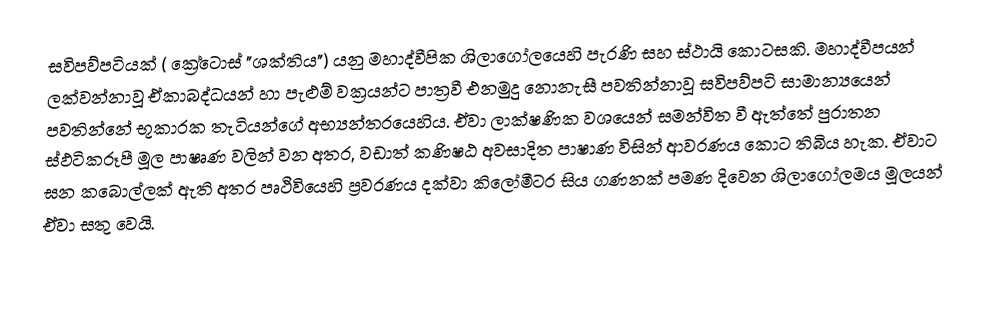
සවිපව්පටියක් ( ක්‍රේටොස්  "ශක්තිය") යනු මහාද්වීපික ශිලාගෝලයෙහි පැරණි සහ ස්ථායි කොටසකි. මහාද්වීපයන් ලක්වන්නාවූ ඒකාබද්ධයන් හා පැළුම් වක්‍රයන්ට පාත්‍රවී එනමුදු නොනැසී පවතින්නාවූ සවිපව්පටි සාමාන්‍යයෙන් පවතින්නේ භූකාරක තැටියන්ගේ අභ්‍යන්තරයෙහිය. ඒවා ලාක්ෂණික වශයෙන් සමන්විත වී ඇත්තේ පුරාතන ස්ඵටිකරූපී මූල පාෂෘණ වලින් වන අතර, වඩාත් කණිෂඨ අවසාදිත පාෂාණ විසින් ආවරණය කොට තිබිය හැක. ඒවාට ඝන කබොල්ලක් ඇති අතර පෘථිවියෙහි ප්‍රවරණය දක්වා කිලෝමීටර සිය ගණනක් පමණ දිවෙන ශිලාගෝලමය මූලයන් ඒවා සතු වෙයි.